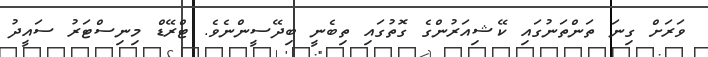
ވަރަށް ގިނަ ތަންތަނުގައި ކޭޝިއަރުންގެ ގޮތުގައި ތިބެނީ ބިދޭސީންނެވެ. ޓްރޭޑް މިނިސްޓަރު ސައީދު